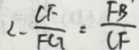
\therefore - \frac { C F } { F C } = \frac { F B } { C F }